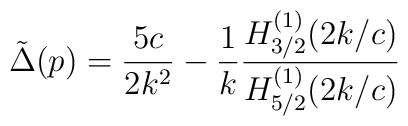
\tilde \Delta (p)=\frac{5c}{2k^2}-\frac{1}{k}\frac{H_{3/2}^{(1)}(2k/c)}{H_{5/2}^{(1)}(2k/c)}